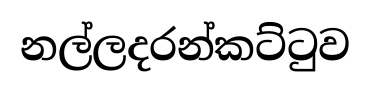
නල්ලදරන්කට්ටුව